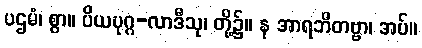
ပဌမံ၊ စွာ။ ပိယပုဂ္ဂ-လာဒီသု၊ တို့၌။ န အာရဘိတဗ္ဗာ၊ အပ်။